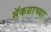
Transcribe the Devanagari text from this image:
मॅकग्राच्या